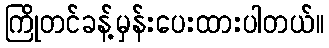
ကြိုတင်ခန့်မှန်းပေးထားပါတယ်။